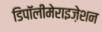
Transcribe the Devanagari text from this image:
डिपॉलीमेराइज़ेशन